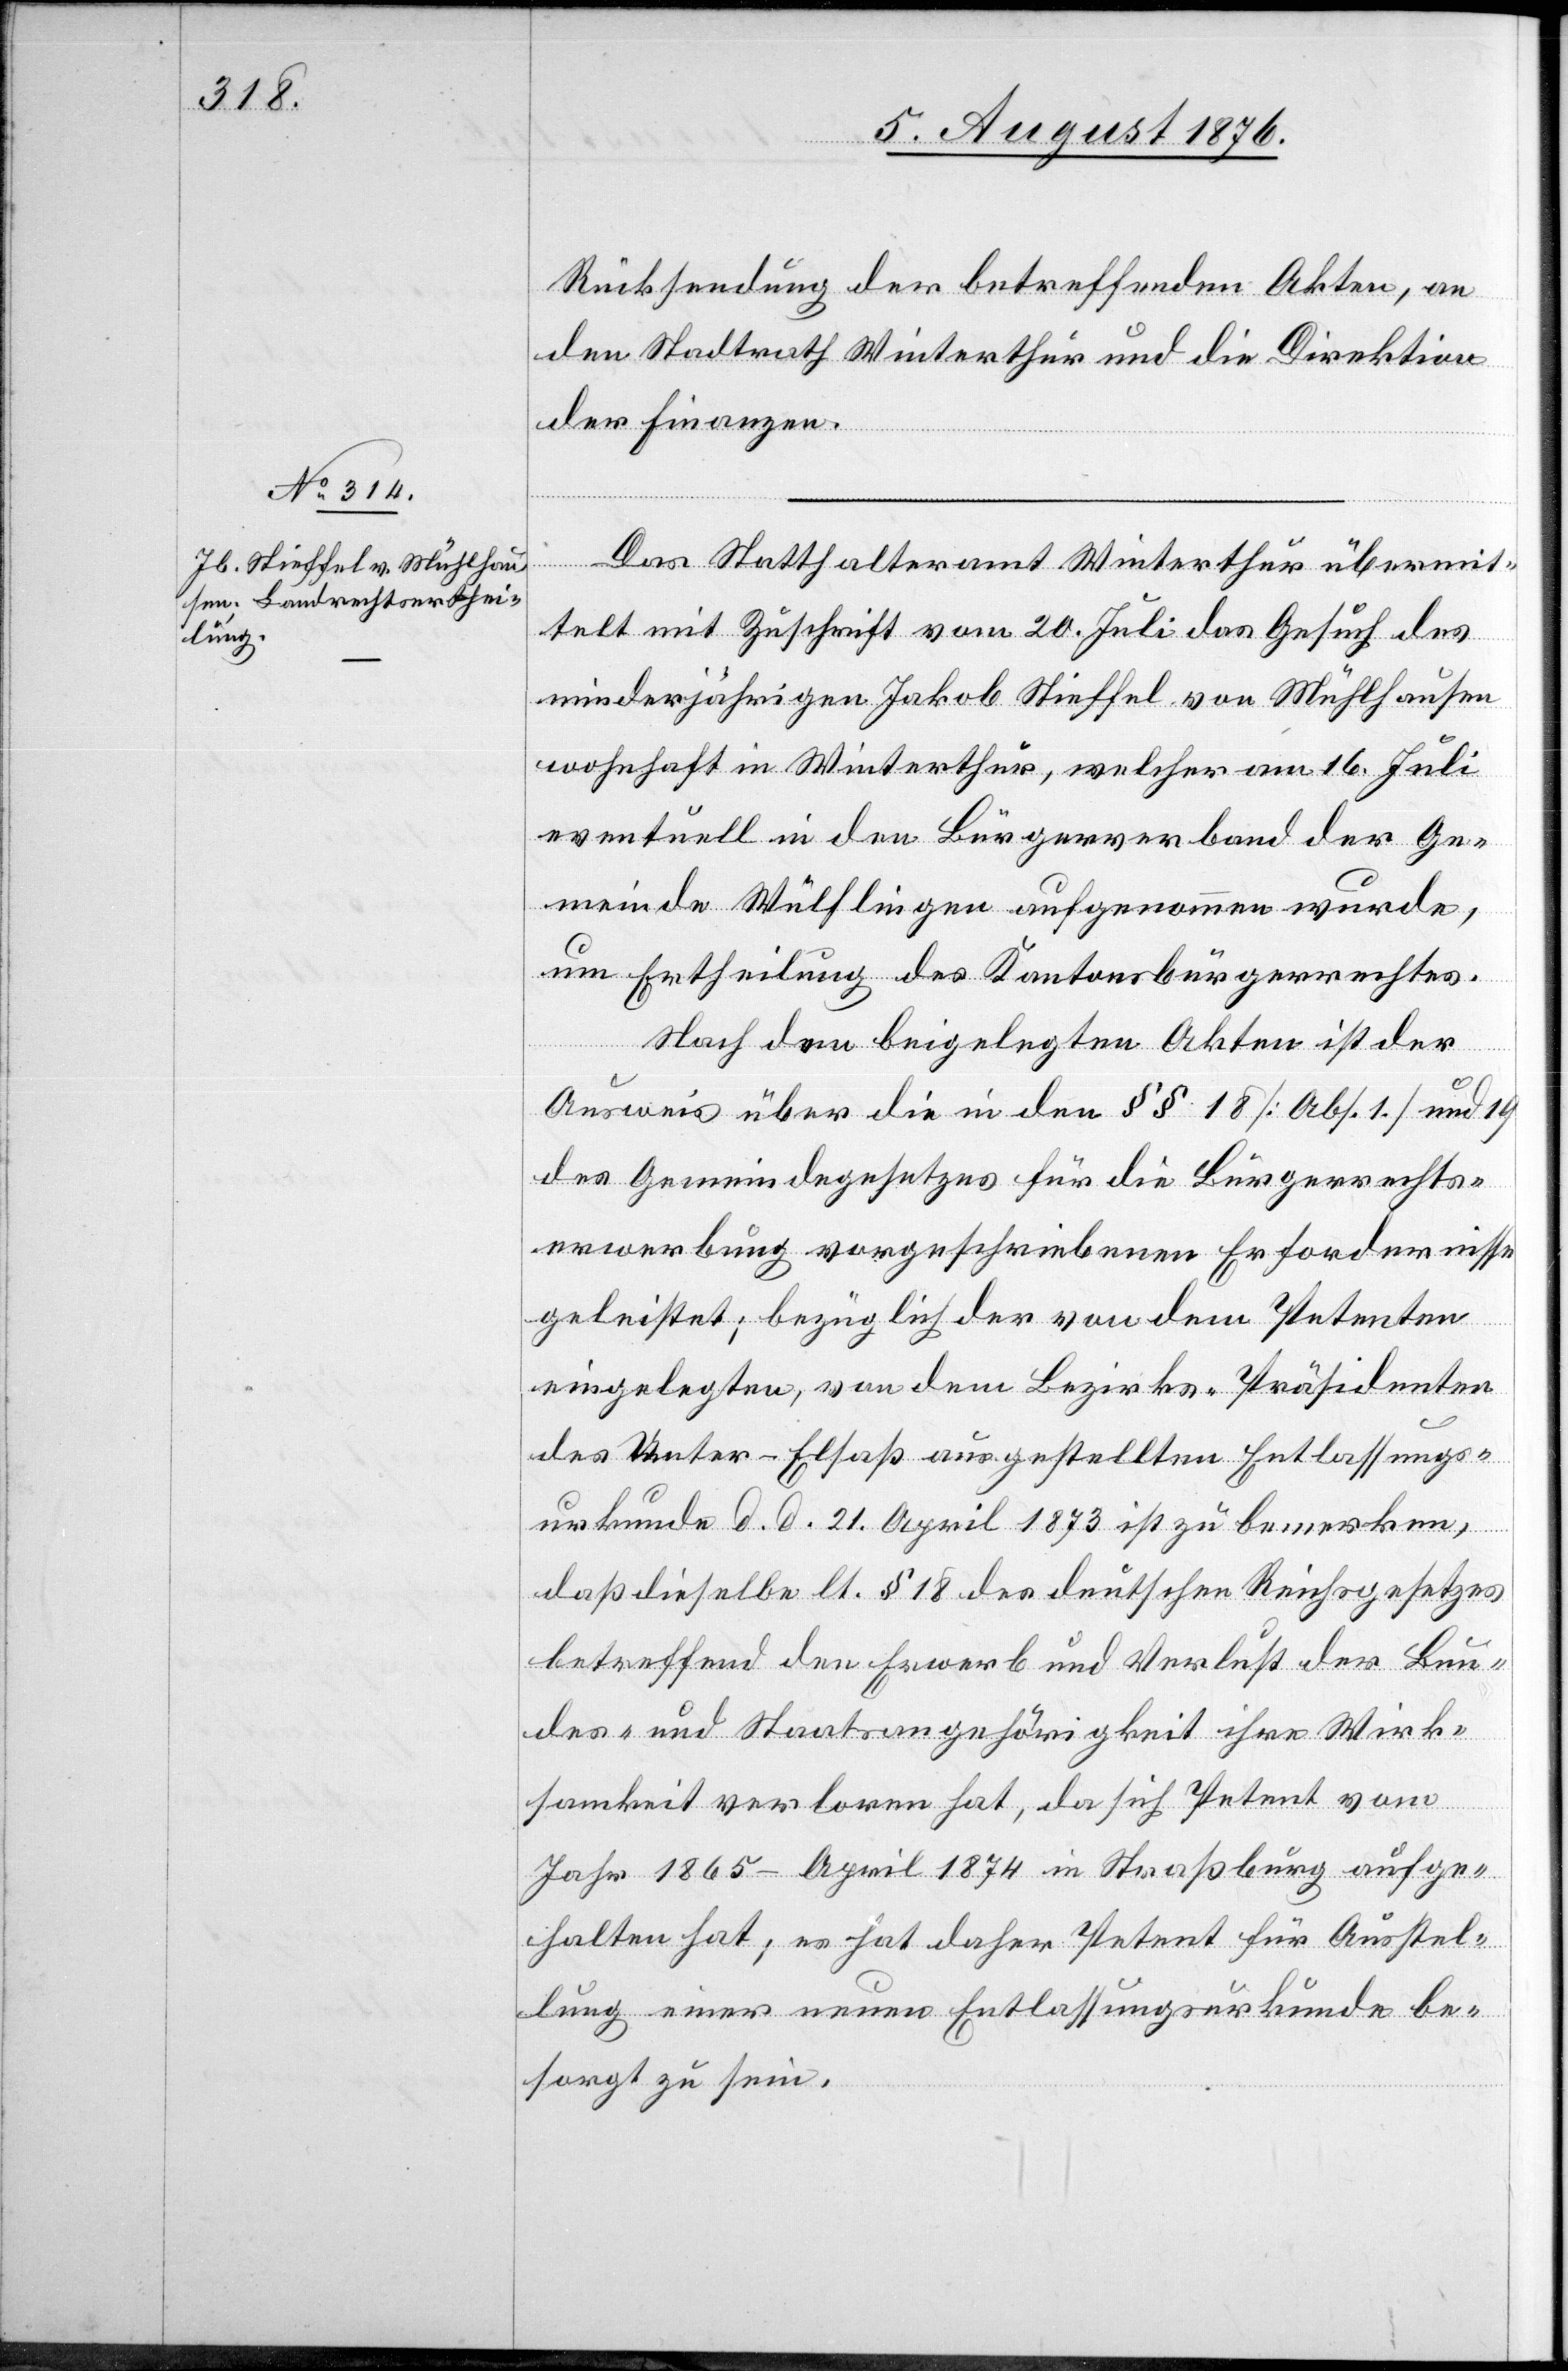
Rücksendung der betreffenden Akten, an
den Stadtrath Winterthur und die Direktion
der Finanzen.
Das Statthalteramt Winterthur übermit¬
telt mit Zuschrift vom 20. Juli das Gesuch des
minderjährigen Jakob Stieffel von Mühlhausen
wohnhaft in Winterthur, welcher am 16. Juli
eventuell in den Bürgerverband der Ge¬
meinde Wülflingen aufgenommen wurde,
um Ertheilung des Kantonsbürgerrechtes.
Nach den beigelegten Akten ist der
Ausweis über die in den §§ 18 [Abs. 1] und 19
des Gemeindegesetzes für die Bürgerrechts¬
erwerbung vorgeschriebenen Erfordernisse
geleistet; bezüglich der von dem Petenten
eingelegten, von dem Bezirks-Präsidenten
des Unter-Elsaß ausgestellten Entlassungs¬
urkunde d. d. 21. April 1873 ist zu bemerken,
das dieselbe lt. § 18 des deutschen Reichsgesetzes
betreffend den Erwerb und Verlust der Bun¬
des- und Staatsangehörigkeit ihre Wirk¬
samkeit verloren hat, da sich Petent vom
Jahr 1865–April 1874 in Straßburg aufge¬
halten hat; es hat daher Petent für Ausstel¬
lung einer neuen Entlassungsurkunde be¬
sorgt zu sein.